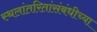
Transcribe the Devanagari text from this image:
स्थलांतरितांसंबंधीच्या